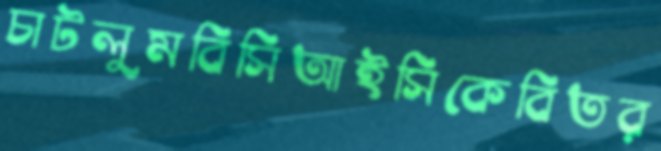
চাটলুমবিসিআইসিকেবিতর